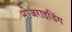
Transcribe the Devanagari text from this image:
नोजराइडिंग